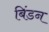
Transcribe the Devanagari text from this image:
बिंडन